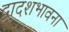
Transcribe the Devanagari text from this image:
द्वादशभावना